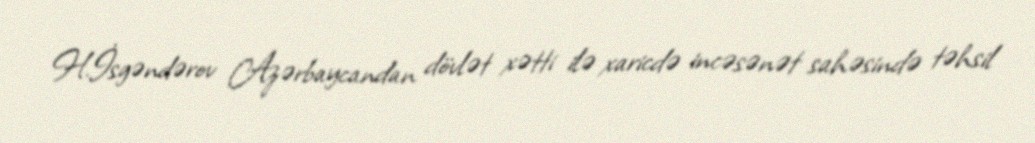
H.İsgəndərov Azərbaycandan dövlət xətti ilə xaricdə incəsənət sahəsində təhsil